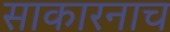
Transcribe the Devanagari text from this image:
साकारनाच